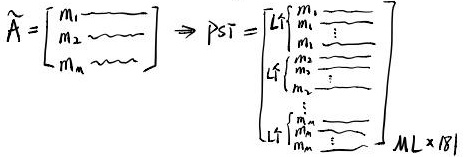
从\(\widetilde{\mathbf{A}}=\begin{bmatrix}m_1\underline{\ \ \ \ \ \ \ \ \ \ \ }\\m_2\underline{\ \ \ \ \ \ \ \ \ \ \ }\\m_M\underline{\ \ \ \ \ \ \ \ \ \ \ }\end{bmatrix}\)到\(\mathrm{PST}=\begin{bmatrix}\left\lfloor\uparrow\begin{matrix}m_2\\m_1\\\vdots\end{matrix}\right.\\\left\lfloor\uparrow\begin{matrix}m_3\\m_2\\\vdots\end{matrix}\right.\\\left\lfloor\uparrow\begin{matrix}\vdots\\m_M\\\vdots\end{matrix}\right.\end{bmatrix}_{ML\times 181}\)